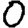
Digit: 0